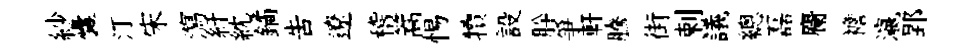
紗囊汀宋瀉紆紞鐍吿遼稽篙惕犢設肸爭軒騰街剌議總磊麕襜瀛郢